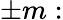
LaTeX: \pm m: